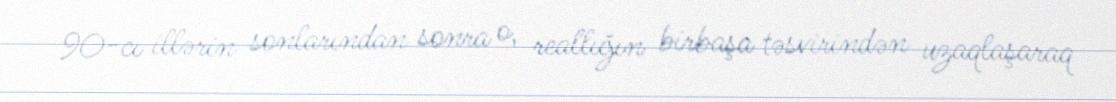
90-cı illərin sonlarından sonra o, reallığın birbaşa təsvirindən uzaqlaşaraq